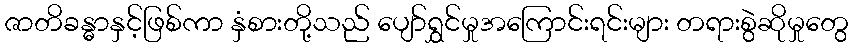
ဇာတိခန္ဓာနှင့်ဖြစ်ကာ နှံစားတို့သည် ပျော်ရွှင်မှုအကြောင်းရင်းများ တရားစွဲဆိုမှုတွေ